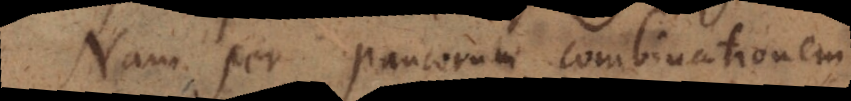
Nam per paucorum combinationem